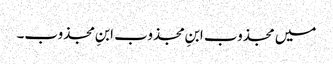
میں مجذوب ابنِ مجذوب ابنِ مجذوب۔